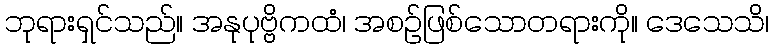
ဘုရားရှင်သည်။ အနုပုဗ္ဗိကထံ၊ အစဉ်ဖြစ်သောတရားကို။ ဒေသေသိ၊